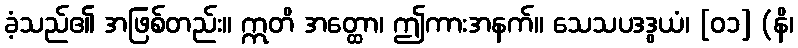
ခံ့သည်၏ အဖြစ်တည်း။ ဣတိ အတ္ထော၊ ဤကားအနက်။ သေသပဒဒွယံ၊ [၀၁] (နိ၊